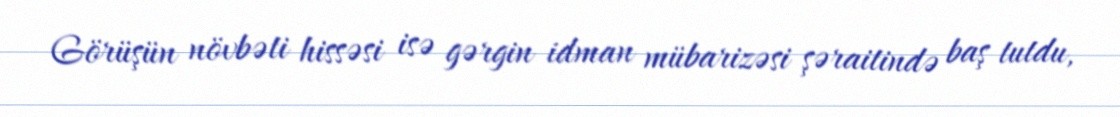
Görüşün növbəti hissəsi isə gərgin idman mübarizəsi şəraitində baş tutdu,